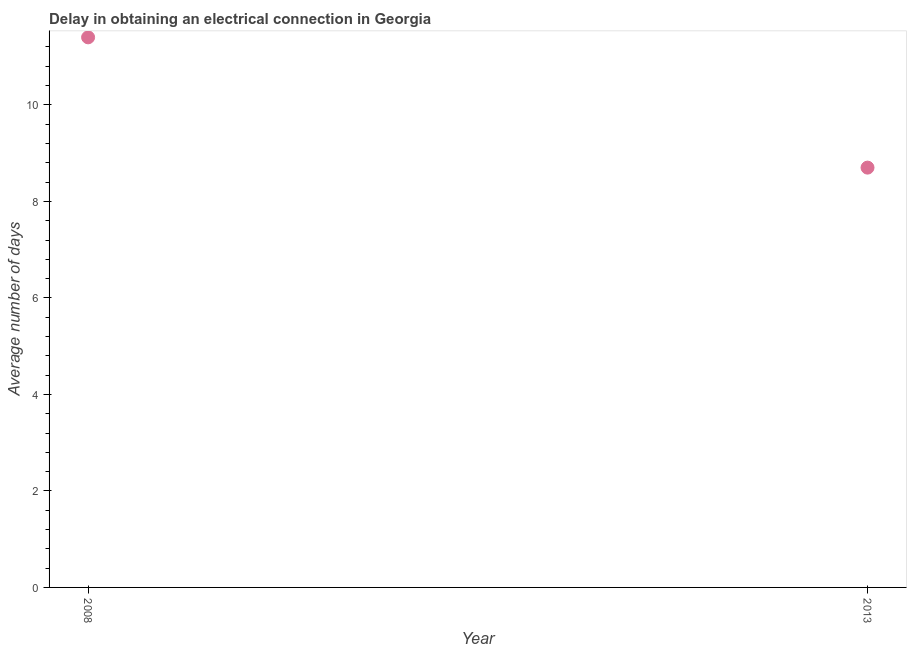
| Year | Dalay in Electrical connection |
 | --- | --- |
 | 2008 | 11.4 |
 | 2013 | 8.7 |